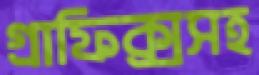
গ্রাফিক্সসহ